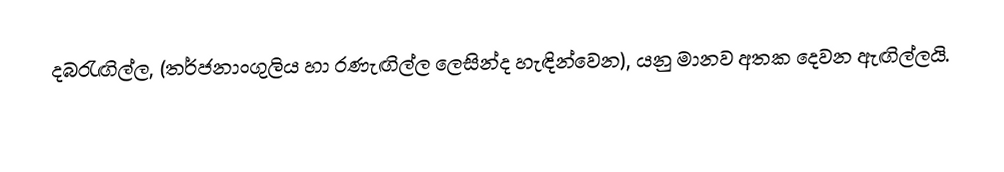
දබරැඟිල්ල, (තර්ජනාංගුලිය හා  රණැඟිල්ල ලෙසින්ද හැඳින්වෙන), යනු මානව අතක  දෙවන ඇඟිල්ලයි.